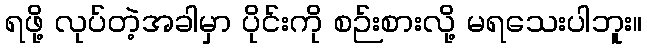
ရဖို့ လုပ်တဲ့အခါမှာ ပိုင်းကို စဉ်းစားလို့ မရသေးပါဘူး။